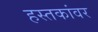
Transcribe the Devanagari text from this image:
हस्तकांवर